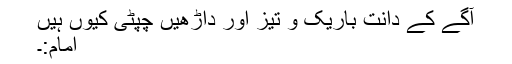
آگے کے دانت باریک و تیز اور داڑھیں چپٹی کیوں ہیں
امام:۔